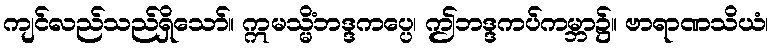
ကျင်လည်သည်ရှိသော်။ ဣမသ္မိံဘဒ္ဒကပ္ပေ၊ ဤဘဒ္ဒကပ်ကမ္ဘာ၌။ ဗာရာဏသိယံ၊